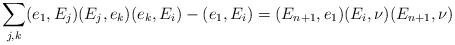
LaTeX: \begin{align*}\sum_{j,k}(e_{1},E_{j})(E_{j},e_{k})(e_{k},E_{i})-(e_{1},E_{i})=(E_{n+1},e_{1})(E_{i},\nu)(E_{n+1},\nu)\end{align*}